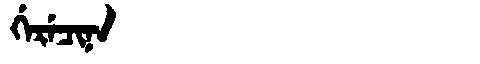
Manchu: ᡤᡝᡵᡝᠴᡳᠨᠠ
Romanization: GERECINA